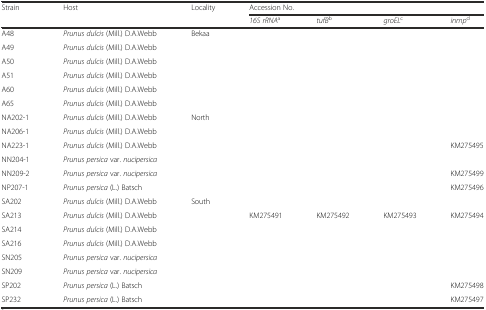
<table><thead><tr><td><b>Strain</b></td><td><b>Host</b></td><td><b>Locality</b></td><td colspan="4"><b>Accession No.</b></td></tr><tr><td></td><td></td><td></td><td><b><i>16S rRNA</i><sup>a</sup></b></td><td><b><i>tufB</i><sup>b</sup></b></td><td><b><i>groEL</i><sup>c</sup></b></td><td><b><i>inmp</i><sup>d</sup></b></td></tr></thead><tbody><tr><td>A48</td><td><i>Prunus dulcis</i> (Mill.) D.A.Webb</td><td>Bekaa</td><td></td><td></td><td></td><td></td></tr><tr><td>A49</td><td><i>Prunus dulcis</i> (Mill.) D.A.Webb</td><td></td><td></td><td></td><td></td><td></td></tr><tr><td>A50</td><td><i>Prunus dulcis</i> (Mill.) D.A.Webb</td><td></td><td></td><td></td><td></td><td></td></tr><tr><td>A51</td><td><i>Prunus dulcis</i> (Mill.) D.A.Webb</td><td></td><td></td><td></td><td></td><td></td></tr><tr><td>A60</td><td><i>Prunus dulcis</i> (Mill.) D.A.Webb</td><td></td><td></td><td></td><td></td><td></td></tr><tr><td>A65</td><td><i>Prunus dulcis</i> (Mill.) D.A.Webb</td><td></td><td></td><td></td><td></td><td></td></tr><tr><td>NA202-1</td><td><i>Prunus dulcis</i> (Mill.) D.A.Webb</td><td>North</td><td></td><td></td><td></td><td></td></tr><tr><td>NA206-1</td><td><i>Prunus dulcis</i> (Mill.) D.A.Webb</td><td></td><td></td><td></td><td></td><td></td></tr><tr><td>NA223-1</td><td><i>Prunus dulcis</i> (Mill.) D.A.Webb</td><td></td><td></td><td></td><td></td><td>KM275495</td></tr><tr><td>NN204-1</td><td><i>Prunus persica</i> var. <i>nucipersica</i></td><td></td><td></td><td></td><td></td><td></td></tr><tr><td>NN209-2</td><td><i>Prunus persica</i> var. <i>nucipersica</i></td><td></td><td></td><td></td><td></td><td>KM275499</td></tr><tr><td>NP207-1</td><td><i>Prunus persica</i> (L.) Batsch</td><td></td><td></td><td></td><td></td><td>KM275496</td></tr><tr><td>SA202</td><td><i>Prunus dulcis</i> (Mill.) D.A.Webb</td><td>South</td><td></td><td></td><td></td><td></td></tr><tr><td>SA213</td><td><i>Prunus dulcis</i> (Mill.) D.A.Webb</td><td></td><td>KM275491</td><td>KM275492</td><td>KM275493</td><td>KM275494</td></tr><tr><td>SA214</td><td><i>Prunus dulcis</i> (Mill.) D.A.Webb</td><td></td><td></td><td></td><td></td><td></td></tr><tr><td>SA216</td><td><i>Prunus dulcis</i> (Mill.) D.A.Webb</td><td></td><td></td><td></td><td></td><td></td></tr><tr><td>SN205</td><td><i>Prunus persica</i> var. <i>nucipersica</i></td><td></td><td></td><td></td><td></td><td></td></tr><tr><td>SN209</td><td><i>Prunus persica</i> var. <i>nucipersica</i></td><td></td><td></td><td></td><td></td><td></td></tr><tr><td>SP202</td><td><i>Prunus persica</i> (L.) Batsch</td><td></td><td></td><td></td><td></td><td>KM275498</td></tr><tr><td>SP232</td><td><i>Prunus persica</i> (L.) Batsch</td><td></td><td></td><td></td><td></td><td>KM275497</td></tr></tbody></table>